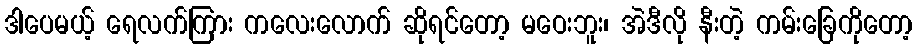
ဒါပေမယ့် ရေလက်ကြား ကလေးလောက် ဆိုရင်တော့ မဝေးဘူး၊ အဲဒီလို နီးတဲ့ ကမ်းခြေကိုတော့